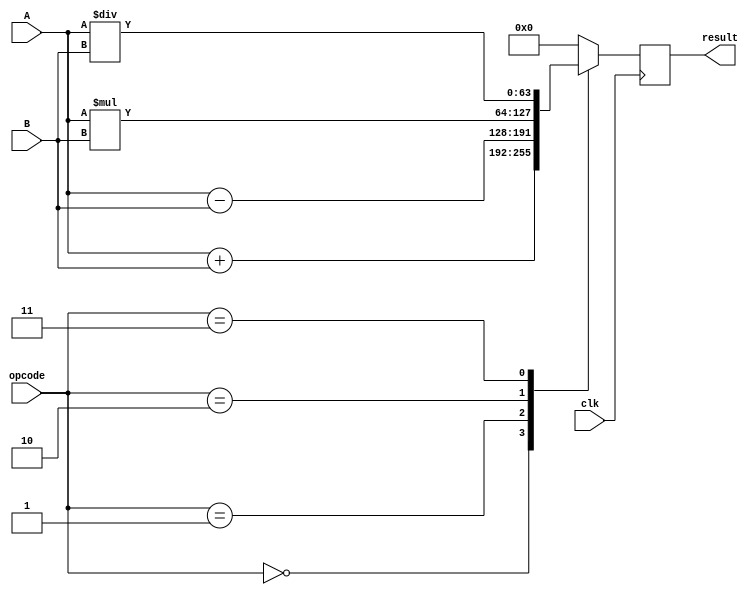
module ALU(
    input [63:0] A,
    input [63:0] B,
    input [2:0] opcode,
    input clk,
    output reg [63:0] result
);

always @ (posedge clk) begin
    case(opcode)
        3'b000: result <= A + B; // Addition
        3'b001: result <= A - B; // Subtraction
        3'b010: result <= A * B; // Multiplication
        3'b011: result <= A / B; // Division
        // Additional logic operations such as shift, rotate, AND, OR, XOR can be added here
        default: result <= 64'h0; // Default case
    endcase
end

endmodule